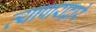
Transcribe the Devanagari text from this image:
व्यापाराद्वारे